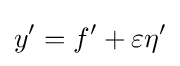
y'=f'+\varepsilon \eta '